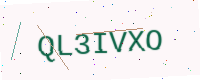
Text: QL3IVXO